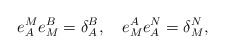
\begin{align*}e^M_Ae^B_M=\delta^B_A,\quad e^A_Me^N_A=\delta^N_M,\end{align*}